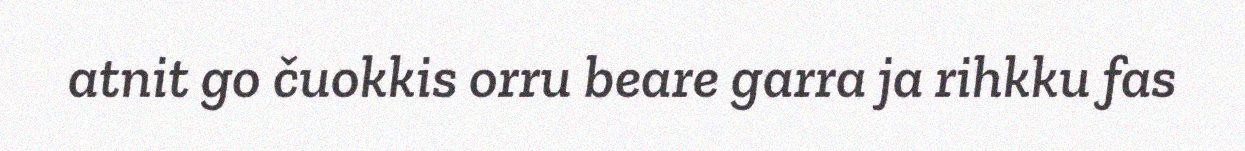
atnit go čuokkis orru beare garra ja rihkku fas